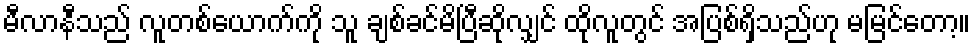
မီလာနီသည် လူတစ်ယောက်ကို သူ ချစ်ခင်မိပြီဆိုလျှင် ထိုလူတွင် အပြစ်ရှိသည်ဟု မမြင်တော့။